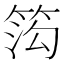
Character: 𬕋